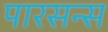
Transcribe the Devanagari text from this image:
पारसन्स